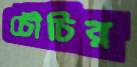
চৌচির